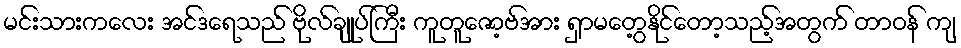
မင်းသားကလေး အင်ဒရေသည် ဗိုလ်ချုပ်ကြီး ကူတူဇော့ဗ်အား ရှာမတွေ့နိုင်တော့သည့်အတွက် တာဝန် ကျ